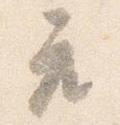
座